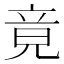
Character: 竟